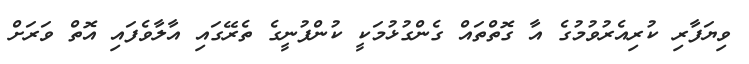
ވިޔަފާރި ކުރިއެރުވުމުގެ އާ ގޮތްތައް ގެންގުޅުމަކީ ކުންފުނީގެ ތެރޭގައި އާލާވެފައި އޮތް ވަރަށް